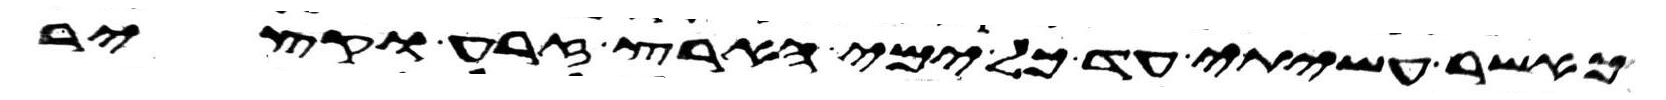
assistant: כאשר עשיתי עד כל ימי הארץ זרע וקציר